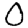
Digit: 0